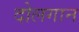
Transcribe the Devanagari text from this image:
दोलगान